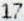
17